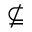
\nsubseteq